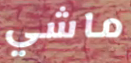
ماشي